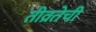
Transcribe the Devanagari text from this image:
तीव्रतेची